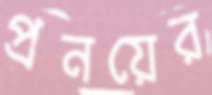
প্রনয়ের